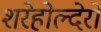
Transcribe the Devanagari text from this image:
शरेहोल्देरों